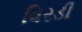
વિરડી